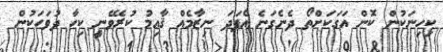
ކިހިނަކުން ކޮން އަގަކަށްތޯ ދެނެގަނެ އެފަދަ ނިޒާމެއް ޤާއިމު ކުރެވޭނީ ކިހާ ދުވަހަކުން